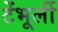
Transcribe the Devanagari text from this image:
टेंभूर्ली